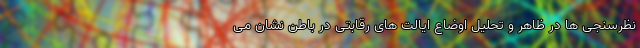
نظرسنجی ها در ظاهر و تحلیل اوضاع ایالت های رقابتی در باطن نشان می